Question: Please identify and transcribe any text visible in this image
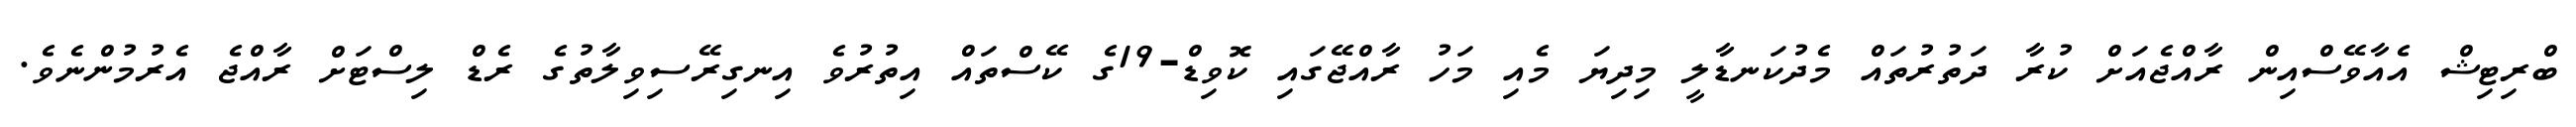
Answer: ބްރިޓިޝް އެއާވޭސްއިން ރާއްޖެއަށް ކުރާ ދަތުރުތައް މެދުކަނޑާލީ މިދިޔަ މެއި މަހު ރާއްޖޭގައި ކޮވިޑް-19ގެ ކޭސްތައް އިތުރުވެ އިނގިރޭސިވިލާތުގެ ރެޑް ލިސްޓަށް ރާއްޖެ އެރުމުންނެވެ.